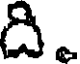
ది.